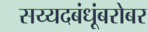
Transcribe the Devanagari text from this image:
सय्यदबंधूंबरोबर